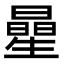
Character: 曐